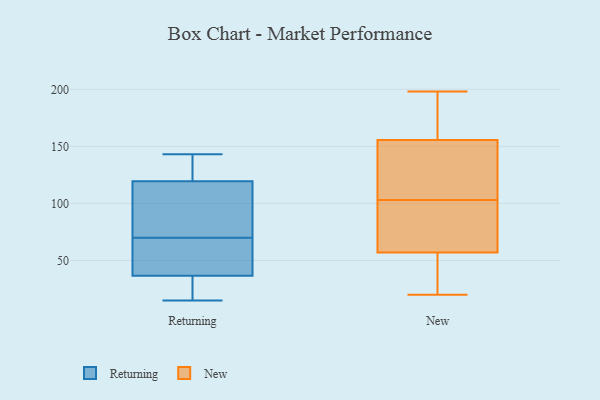
{"axis": {"x": "Active Users", "y": "Value"}, "legend": ["New", "Returning"], "data": [{"x": "", "y": 30, "type": "Returning"}, {"x": "", "y": 143, "type": "Returning"}, {"x": "", "y": 139, "type": "Returning"}, {"x": "", "y": 74, "type": "Returning"}, {"x": "", "y": 45, "type": "Returning"}, {"x": "", "y": 74, "type": "Returning"}, {"x": "", "y": 27, "type": "Returning"}, {"x": "", "y": 66, "type": "Returning"}, {"x": "", "y": 43, "type": "Returning"}, {"x": "", "y": 114, "type": "Returning"}, {"x": "", "y": 125, "type": "Returning"}, {"x": "", "y": 15, "type": "Returning"}, {"x": "", "y": 198, "type": "New"}, {"x": "", "y": 92, "type": "New"}, {"x": "", "y": 20, "type": "New"}, {"x": "", "y": 105, "type": "New"}, {"x": "", "y": 195, "type": "New"}, {"x": "", "y": 52, "type": "New"}, {"x": "", "y": 103, "type": "New"}, {"x": "", "y": 145, "type": "New"}, {"x": "", "y": 159, "type": "New"}, {"x": "", "y": 34, "type": "New"}, {"x": "", "y": 72, "type": "New"}]}